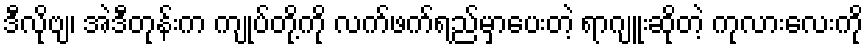
ဒီလိုဗျ၊ အဲဒီတုန်းက ကျုပ်တို့ကို လက်ဖက်ရည်မှာပေးတဲ့ ရာဂျူးဆိုတဲ့ ကုလားလေးကို